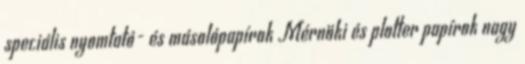
speciális nyomtató- és másolópapírok Mérnöki és plotter papírok nagy